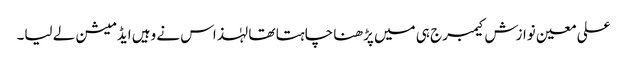
علی معین نوازش کیمبرج ہی میں پڑھنا چاہتا تھا لہٰذاس نے وہیں ایڈمیشن لے لیا۔